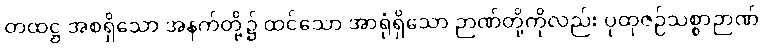
တထဋ္ဌ အစရှိသော အနက်တို့၌ ထင်သော အာရုံရှိသော ဉာဏ်တို့ကိုလည်း ပုထုဇဉ်သစ္စာဉာဏ်